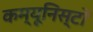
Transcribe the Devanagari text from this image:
कम्यूनिस्टों